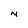
Character: N